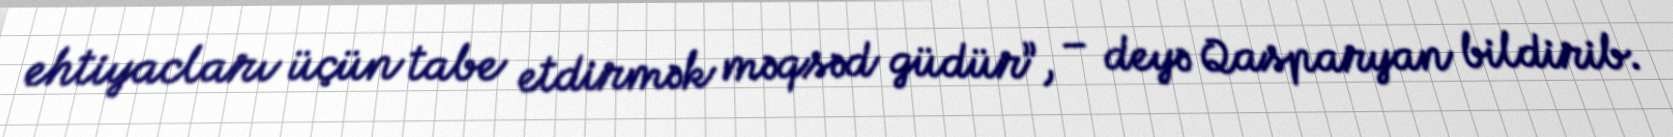
ehtiyacları üçün tabe etdirmək məqsəd güdür”, – deyə Qasparyan bildirib.